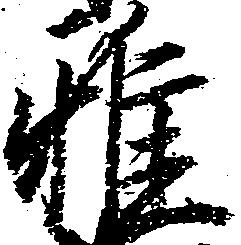
雅